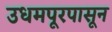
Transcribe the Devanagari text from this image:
उधमपूरपासून